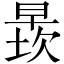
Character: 𬁄